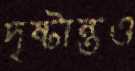
দৃষ্টান্তও